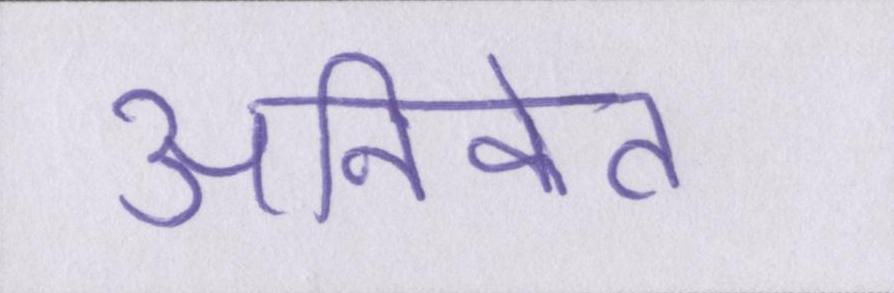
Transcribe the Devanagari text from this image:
अनिकेत